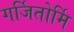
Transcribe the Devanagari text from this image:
गर्जितोर्मि